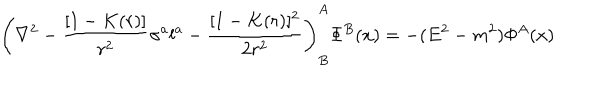
\left( \nabla ^ { 2 } - { \frac { [ 1 - K ( r ) ] } { r ^ { 2 } } } \sigma ^ { a } l ^ { a } - { \frac { [ 1 - K ( r ) ] ^ { 2 } } { 2 r ^ { 2 } } } \right) _ { B } ^ { A } \Phi ^ { B } ( x ) = - ( E ^ { 2 } - m ^ { 2 } ) \Phi ^ { A } ( x )